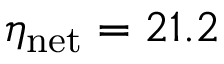
\eta _ { \mathrm { n e t } } = 2 1 . 2